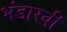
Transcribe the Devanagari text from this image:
भंडारवी